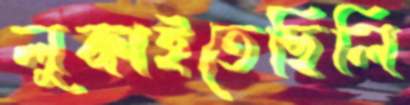
লুকাইতেছিলি